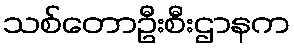
သစ်တောဦးစီးဌာနက